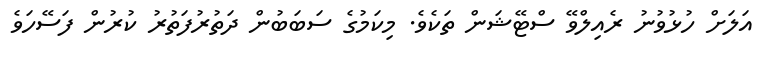
އަލަށް ހުޅުވުނު ރެއިލްވޭ ސްޓޭޝަން ތަކެވެ. މިކަމުގެ ސަބަބުން ދަތުރުފަތުރު ކުރުން ފަސޭހަވެ